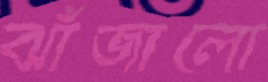
ঝাঁজালো